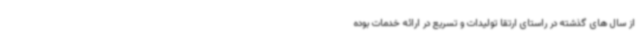
از سال های گذشته در راستای ارتقا تولیدات و تسریع در ارائه خدمات بوده